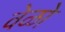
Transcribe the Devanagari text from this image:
वेळो